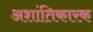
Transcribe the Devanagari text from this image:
अशांतिकारक